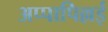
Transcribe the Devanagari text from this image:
अप्पापिल्लई